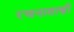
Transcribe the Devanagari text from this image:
रचनाशास्त्री